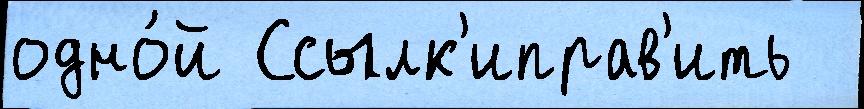
одно́й Ссылк'иправ'ить